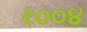
ર૦૦૪